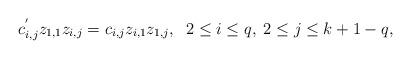
LaTeX: \begin{align*} c_{i,j}^{'}z_{1,1}z_{i,j}=c_{i,j}z_{i,1}z_{1,j}, \;\; 2\leq i\leq q, \; 2\leq j\leq k+1-q,\end{align*}